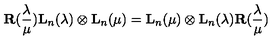
{ \bf R } ( \frac { \lambda } { \mu } ) { \bf L } _ { n } ( \lambda ) \otimes { \bf L } _ { n } ( \mu ) = { \bf L } _ { n } ( \mu ) \otimes { \bf L } _ { n } ( \lambda ) { \bf R } ( \frac { \lambda } { \mu } )